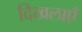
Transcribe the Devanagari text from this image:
दिखलाएँ